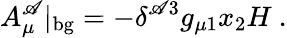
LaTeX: A_{\mu}^{\mathscr{A}}|_{\mathrm{{bg}}}=-\delta^{\mathscr{A}3}g_{\mu1}x_{2}H\ .